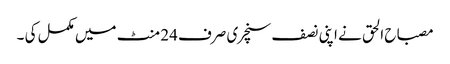
مصباح الحق نے اپنی نصف سنچری صرف 24 منٹ میں مکمل کی ۔